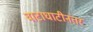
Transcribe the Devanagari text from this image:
वाटाघाटीनंतर